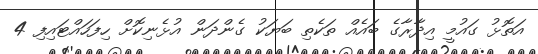
އަތޮޅު ގައުމީ އިދާރާގެ ބައެއް ތަކެތި ބަޔަކު ގެންދަން އުޅެނިކޮށް ހިފަހައްޓައިފި 4